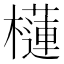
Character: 櫣